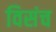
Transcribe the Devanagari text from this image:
विसंच